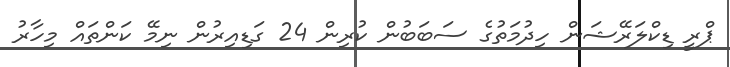
ޕްރީ ޑިކްލަރޭޝަން ހިދުމަތުގެ ސަބަބުން ކުރިން 24 ގަޑިއިރުން ނިމޭ ކަންތައް މިހާރު